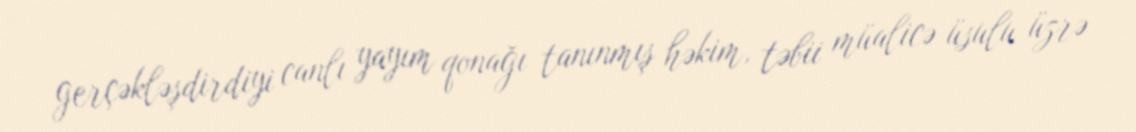
gerçəkləşdirdiyi canlı yayım qonağı tanınmış həkim, təbii müalicə üsulu üzrə